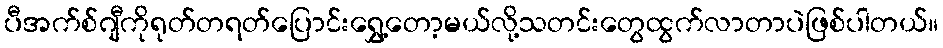
ပီအက်စ်ဂျီကိုရုတ်တရတ်ပြောင်းရွှေ့တော့မယ်လို့သတင်းတွေထွက်လာတာပဲဖြစ်ပါတယ်။